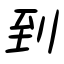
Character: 到